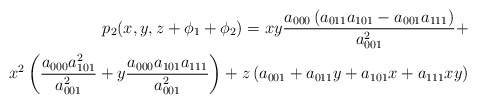
\begin{align*}p_2(x,y,z+\phi_1 + \phi_2) = xy \frac{ a_{000}\left( a_{011}a_{101} - a_{001}a_{111}\right)}{a_{001}^2} +\\ x^2 \left( \frac{a_{000}a_{101}^2}{a_{001}^2} + y \frac{a_{000}a_{101}a_{111}}{a_{001}^2} \right)+ z\left( a_{001} + a_{011}y + a_{101}x + a_{111}xy\right)\end{align*}